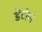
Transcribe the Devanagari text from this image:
डेंटोण